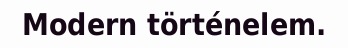
Modern történelem.